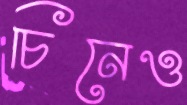
চিনেও